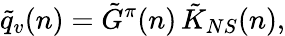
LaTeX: \tilde{q}_{v}(n)=\tilde{G}^{\pi}(n)\, \tilde{K}_{NS}(n),